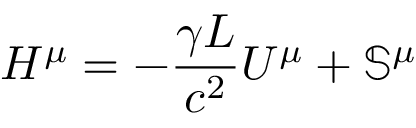
H ^ { \mu } = - \frac { \gamma L } { c ^ { 2 } } U ^ { \mu } + \mathbb { S } ^ { \mu }